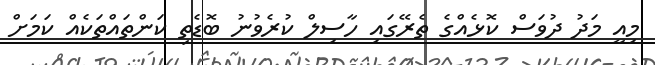
މިއީ މަދު ދުވަސް ކޮޅެއްގެ ތެރޭގައި ހާސިލް ކުރެވުނު ބޮޑެތި ކަންތައްތަކެއް ކަމަށް